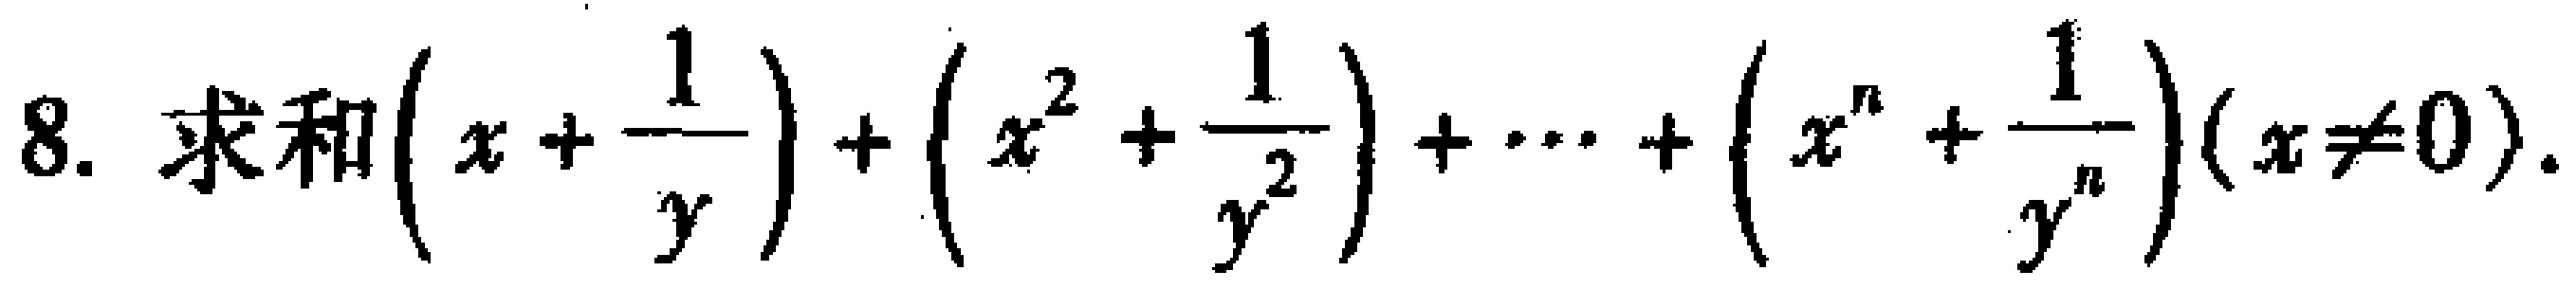
8. 求和\((x + \frac{1}{y})+(x^{2}+\frac{1}{y^{2}})+\cdots+(x^{n}+\frac{1}{y^{n}})(x\neq0)\)。